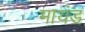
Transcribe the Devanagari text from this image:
मायंड